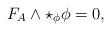
LaTeX: \begin{align*}F_A \wedge \star_{\phi} \phi = 0,\end{align*}